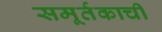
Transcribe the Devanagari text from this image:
समूर्तकाची